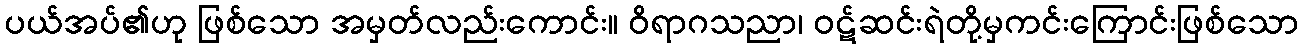
ပယ်အပ်၏ဟု ဖြစ်သော အမှတ်လည်းကောင်း။ ဝိရာဂသညာ၊ ဝဋ်ဆင်းရဲတို့မှကင်းကြောင်းဖြစ်သော